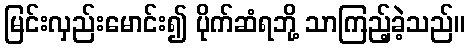
မြင်းလှည်းမောင်း၍ ပိုက်ဆံရဘို့ သာကြည့်ခဲ့သည်။